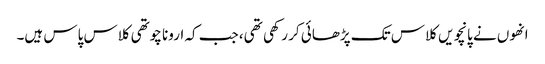
انھوں نے پانچویں کلاس تک پڑھائی کر رکھی تھی، جب کہ ارونا چوتھی کلاس پاس ہیں۔